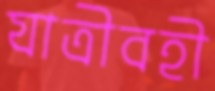
যাত্রীবহী